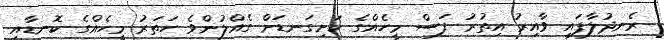
ރެނދުލާފައި ވާއިރު އިތުރު ފަސް މީހެއްގެ ކަށިގަނޑަށް ގެއްލުންވެ ހަތަރު މީހެއްގެ ކޮނޑާއި